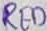
Text: RED